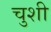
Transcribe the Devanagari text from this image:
चुशी